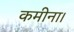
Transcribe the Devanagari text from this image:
कमीना।